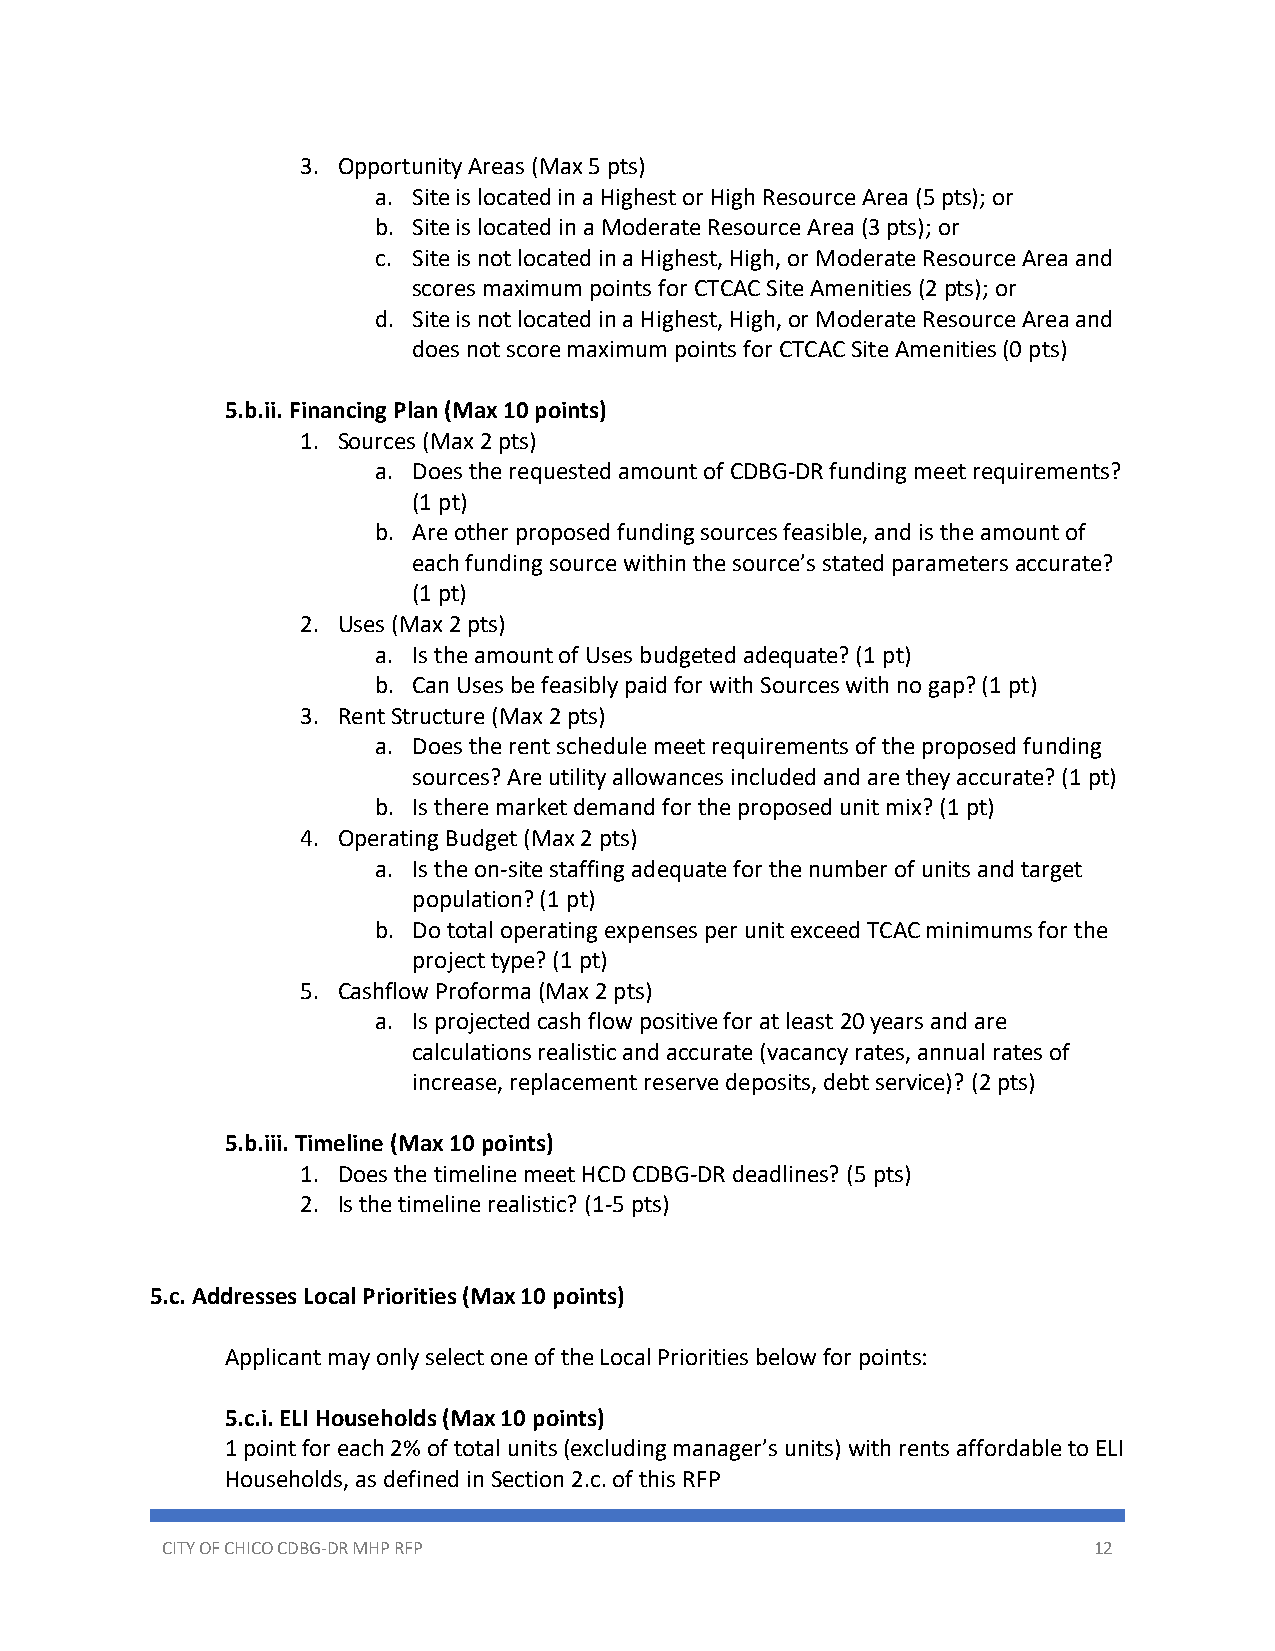
3. Opportunity Areas (Max 5 pts)
 a. Site is located in a Highest or High Resource Area (5 pts); or
 b. Site is located in a Moderate Resource Area (3 pts); or
 c. Site is not located in a Highest, High, or Moderate Resource Area and
 scores maximum points for CTCAC Site Amenities (2 pts); or
 d. Site is not located in a Highest, High, or Moderate Resource Area and
 does not score maximum points for CTCAC Site Amenities (0 pts)
 5.b.ii. Financing Plan (Max 10 points)
 1. Sources (Max 2 pts)
 a. Does the requested amount of CDBG-DR funding meet requirements?
 (1 pt)
 b. Are other proposed funding sources feasible, and is the amount of
 each funding source within the source’s stated parameters accurate?
 (1 pt)
 2. Uses (Max 2 pts)
 a. Is the amount of Uses budgeted adequate? (1 pt)
 b. Can Uses be feasibly paid for with Sources with no gap? (1 pt)
 3. Rent Structure (Max 2 pts)
 a. Does the rent schedule meet requirements of the proposed funding
 sources? Are utility allowances included and are they accurate? (1 pt)
 b. Is there market demand for the proposed unit mix? (1 pt)
 4. Operating Budget (Max 2 pts)
 a. Is the on-site staffing adequate for the number of units and target
 population? (1 pt)
 b. Do total operating expenses per unit exceed TCAC minimums for the
 project type? (1 pt)
 5. Cashflow Proforma (Max 2 pts)
 a. Is projected cash flow positive for at least 20 years and are
 calculations realistic and accurate (vacancy rates, annual rates of
 increase, replacement reserve deposits, debt service)? (2 pts)
 5.b.iii. Timeline (Max 10 points)
 1. Does the timeline meet HCD CDBG-DR deadlines? (5 pts)
 2. Is the timeline realistic? (1-5 pts)
 5.c. Addresses Local Priorities (Max 10 points)
 Applicant may only select one of the Local Priorities below for points:
 5.c.i. ELI Households (Max 10 points)
 1 point for each 2% of total units (excluding manager’s units) with rents affordable to ELI
 Households, as defined in Section 2.c. of this RFP
 CITY OF CHICO CDBG-DR MHP RFP                                12